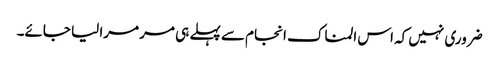
ضروری نہیں کہ اس المناک انجام سے پہلے ہی مر مرا لیا جائے۔